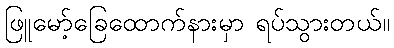
ဖြူမော့်ခြေထောက်နားမှာ ရပ်သွားတယ်။